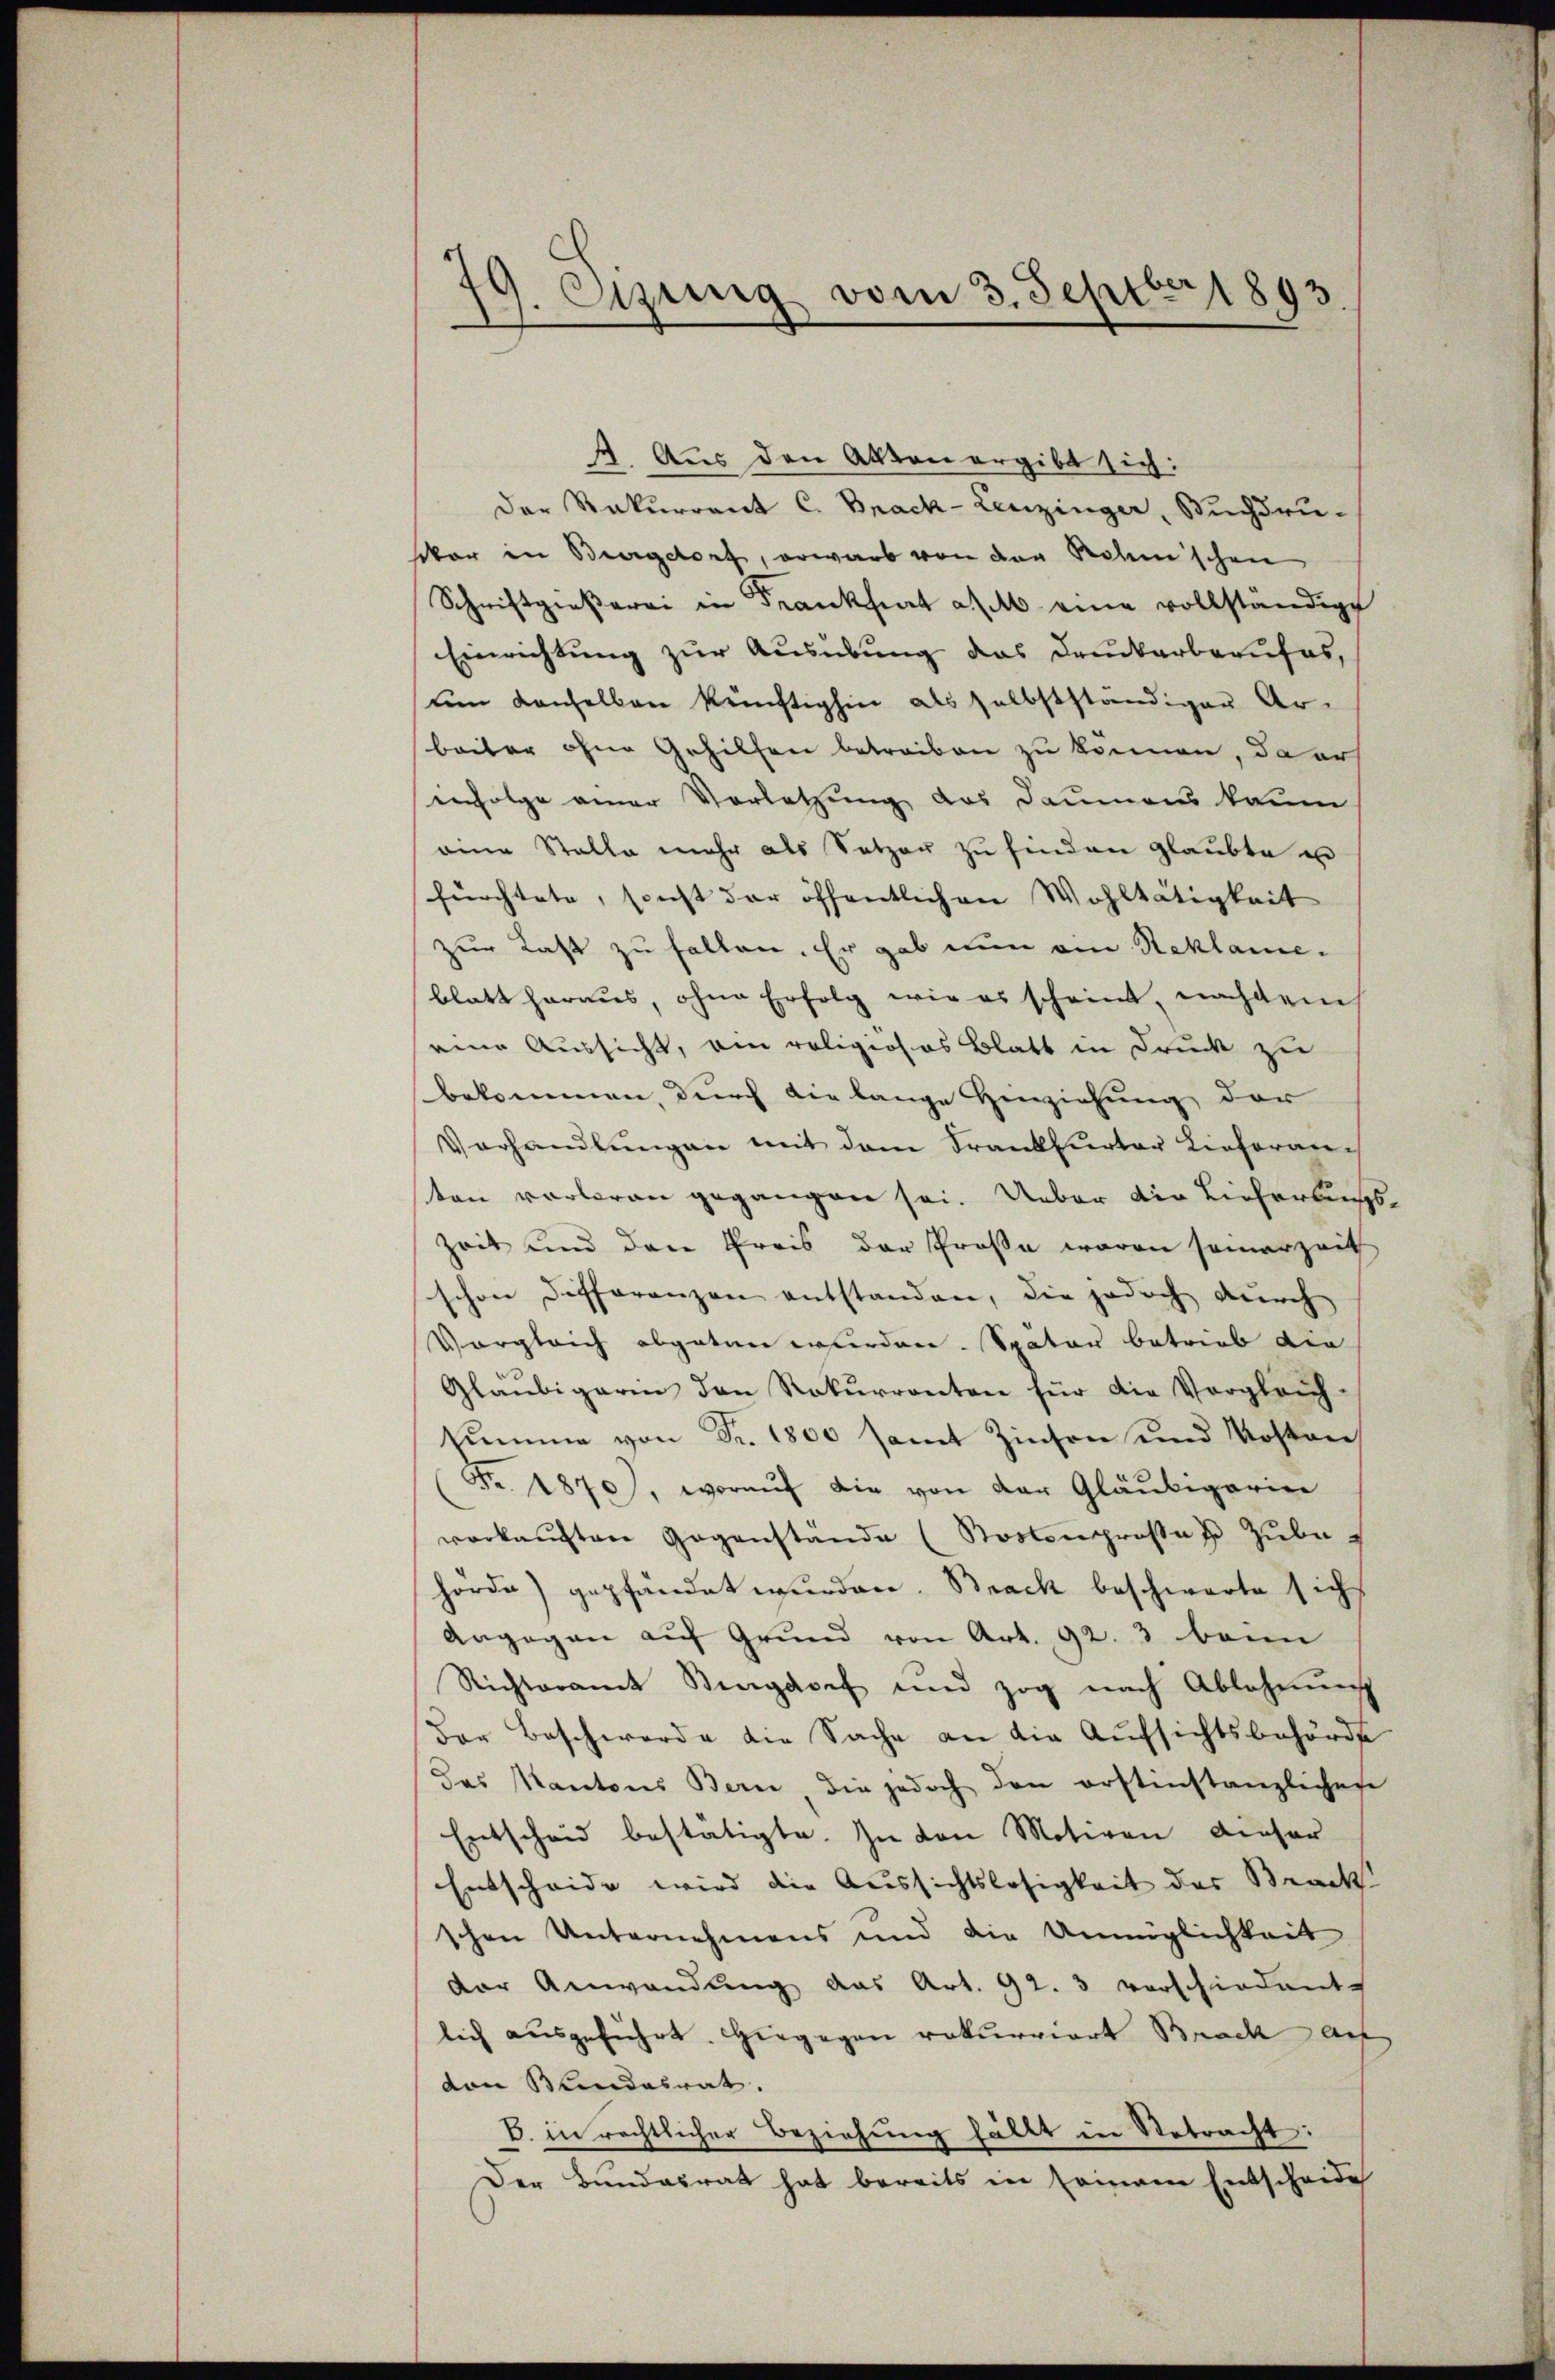
19. Etzung vom 3. Septbr 1893

2. Aus den Akten ergibt sich:
Der Rekurrent C. Brack-Leuzinger, Buchdrusbar in Burgdorf, erwarb von der Rohmischen
Schriftgroβerei in Frankheit a M. eine vollständige
Einrichtung zur Ausübung das Druckarberufes,
um Konselben künftighin als selbstständiger Ar-
beiter ohne Gehilfen betreiben zu können, da er
enfolge einer Vorletzung des Daumens kaum
eine Stalle mehr als Satzer zŭ finden glaubte u
fürchtete, sonst der öffentlichen Wohltätigkeit
zur Last zu halten. Er gab nun ein Reklame-
blatt heraus, ohne Erfolg wie es scheint, nachdem
eine Aussicht, ein religiöses Blatt in Druck zu
bekommen, durch die lange Herziehung der
Verhandlŭngen mit dem Krankfurter Lieferanten vorberen gegangen sei. Ueber die Lieferbungs¬
Zeit und den Preis der Prose waren samerzeit
schon Differenzen entstanden, die jedoch durch
Vergleich abgeten wurden. Spator betrieb die
Gläŭbigarin den Rekŭrrenten für die Vergleich-
summe von Fr. 1800 samt Zinsen und Kosten
Fr. 1870), worauf die von der Gläubigerinn
verkaŭften Gegenstände (Sostengroßen Zube
hörde) gepfändet wurden. Brach beschwarte sich
Angegen auf Grund von Art. 92. 3 beim
Richteramt Ringdorf und zog nach Ablehnŭng
Der Beschwerde die Sache an die Aufsichtsbehörde
das Kantons Bern die jedoch den erstenstanzlichen
Entscheid bestätigte. In von Motiven dieser
Entscheide wird die Aussichtslosigkeit des Brack
schen Unternehmens und die Unmöglichkeit
der Anwendung das Art. 92. 3 vorschiedente
lich ausgeführt. Hiegegen rekurriert Brack auf
von Blindesrat.
B. in rechtlicher Beziehung hältt in Retracht:
Der Bundesrat hat bereits in seinem Entscheide